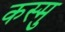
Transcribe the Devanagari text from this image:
कस्मु